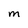
Character: M